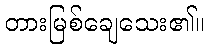
တားမြစ်ချေသေး၏။